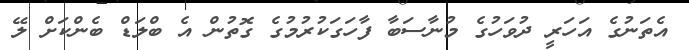
އެތަނުގެ އަހަރީ ދުވަހުގެ މުނާސަބާ ފާހަގަކުރުމުގެ ގޮތުން އެ ބްލަޑް ބެންކަށް ލޭ